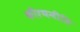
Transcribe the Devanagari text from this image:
कीरणनीति